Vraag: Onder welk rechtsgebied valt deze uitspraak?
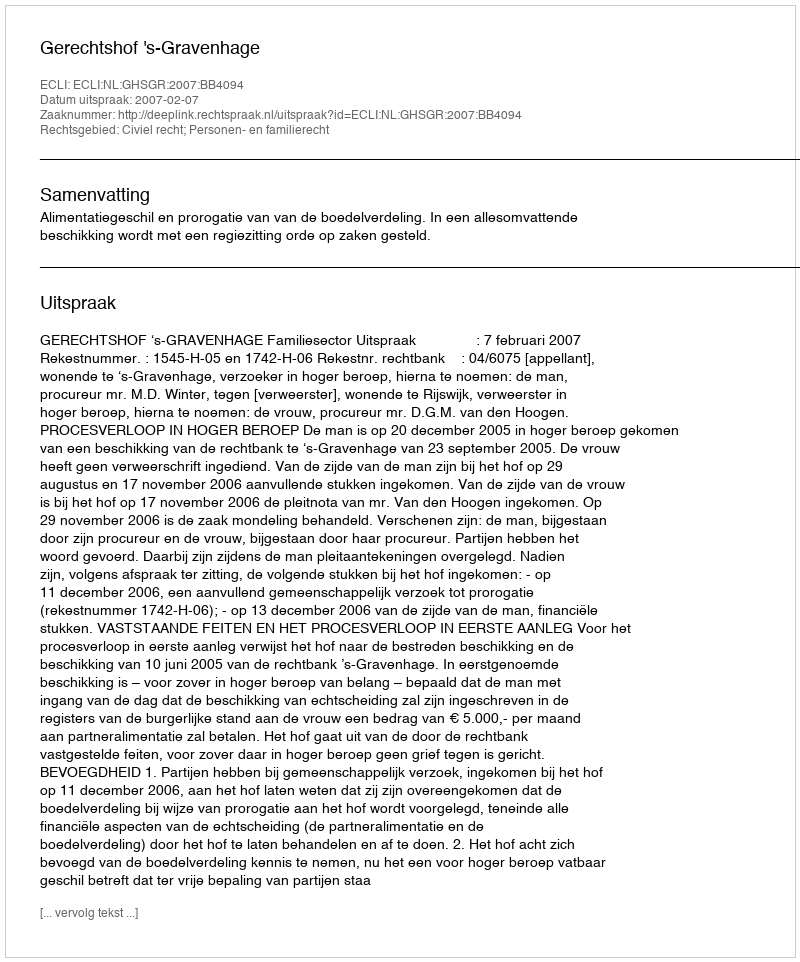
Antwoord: Civiel recht; Personen- en familierecht